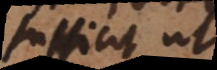
sufficit ut